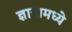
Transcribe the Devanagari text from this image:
ज्ञानामध्ये